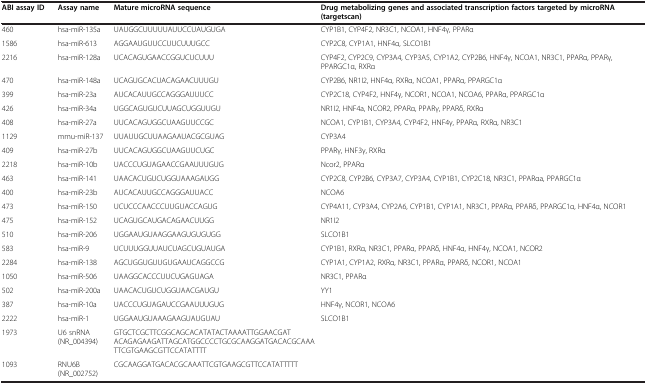
<table><thead><tr><td><b>ABI assay ID</b></td><td><b>Assay name</b></td><td><b>Mature microRNA sequence</b></td><td><b>Drug metabolizing genes and associated transcription factors targeted by microRNA (targetscan)</b></td></tr></thead><tbody><tr><td>460</td><td>hsa-miR-135a</td><td>UAUGGCUUUUUAUUCCUAUGUGA</td><td>CYP1B1, CYP4F2, NR3C1, NCOA1, HNF4γ, PPARα</td></tr><tr><td>1586</td><td>hsa-miR-613</td><td>AGGAAUGUUCCUUCUUUGCC</td><td>CYP2C8, CYP1A1, HNF4α, SLCO1B1</td></tr><tr><td>2216</td><td>hsa-miR-128a</td><td>UCACAGUGAACCGGUCUCUUU</td><td>CYP4F2, CYP2C9, CYP3A4, CYP3A5, CYP1A2, CYP2B6, HNF4γ, NCOA1, NR3C1, PPARα, PPARγ, PPARGC1α, RXRα</td></tr><tr><td>470</td><td>hsa-miR-148a</td><td>UCAGUGCACUACAGAACUUUGU</td><td>CYP2B6, NR1I2, HNF4α, RXRα, NCOA1, PPARα, PPARGC1α</td></tr><tr><td>399</td><td>hsa-miR-23a</td><td>AUCACAUUGCCAGGGAUUUCC</td><td>CYP2C18, CYP4F2, HNF4γ, NCOR1, NCOA1, NCOA6, PPARα, PPARGC1α</td></tr><tr><td>426</td><td>hsa-miR-34a</td><td>UGGCAGUGUCUUAGCUGGUUGU</td><td>NR1I2, HNF4a, NCOR2, PPARα, PPARγ, PPARδ, RXRα</td></tr><tr><td>408</td><td>hsa-miR-27a</td><td>UUCACAGUGGCUAAGUUCCGC</td><td>NCOA1, CYP1B1, CYP3A4, CYP4F2, HNF4γ, PPARα, RXRα, NR3C1</td></tr><tr><td>1129</td><td>mmu-miR-137</td><td>UUAUUGCUUAAGAAUACGCGUAG</td><td>CYP3A4</td></tr><tr><td>409</td><td>hsa-miR-27b</td><td>UUCACAGUGGCUAAGUUCUGC</td><td>PPARγ, HNF3γ, RXRα</td></tr><tr><td>2218</td><td>hsa-miR-10b</td><td>UACCCUGUAGAACCGAAUUUGUG</td><td>Ncor2, PPARα</td></tr><tr><td>463</td><td>hsa-miR-141</td><td>UAACACUGUCUGGUAAAGAUGG</td><td>CYP2C8, CYP2B6, CYP3A7, CYP3A4, CYP1B1, CYP2C18, NR3C1, PPARαa, PPARGC1α</td></tr><tr><td>400</td><td>hsa-miR-23b</td><td>AUCACAUUGCCAGGGAUUACC</td><td>NCOA6</td></tr><tr><td>473</td><td>hsa-miR-150</td><td>UCUCCCAACCCUUGUACCAGUG</td><td>CYP4A11, CYP3A4, CYP2A6, CYP1B1, CYP1A1, NR3C1, PPARα, PPARδ, PPARGC1α, HNF4α, NCOR1</td></tr><tr><td>475</td><td>hsa-miR-152</td><td>UCAGUGCAUGACAGAACUUGG</td><td>NR1I2</td></tr><tr><td>510</td><td>hsa-miR-206</td><td>UGGAAUGUAAGGAAGUGUGUGG</td><td>SLCO1B1</td></tr><tr><td>583</td><td>hsa-miR-9</td><td>UCUUUGGUUAUCUAGCUGUAUGA</td><td>CYP1B1, RXRα, NR3C1, PPARα, PPARδ, HNF4α, HNF4γ, NCOA1, NCOR2</td></tr><tr><td>2284</td><td>hsa-miR-138</td><td>AGCUGGUGUUGUGAAUCAGGCCG</td><td>CYP1A1, CYP1A2, RXRα, NR3C1, PPARα, PPARδ, NCOR1, NCOA1</td></tr><tr><td>1050</td><td>hsa-miR-506</td><td>UAAGGCACCCUUCUGAGUAGA</td><td>NR3C1, PPARα</td></tr><tr><td>502</td><td>hsa-miR-200a</td><td>UAACACUGUCUGGUAACGAUGU</td><td>YY1</td></tr><tr><td>387</td><td>hsa-miR-10a</td><td>UACCCUGUAGAUCCGAAUUUGUG</td><td>HNF4γ, NCOR1, NCOA6</td></tr><tr><td>2222</td><td>hsa-miR-1</td><td>UGGAAUGUAAAGAAGUAUGUAU</td><td>SLCO1B1</td></tr><tr><td>1973</td><td>U6 snRNA (NR_004394)</td><td>GTGCTCGCTTCGGCAGCACATATACTAAAATTGGAACGATACAGAGAAGATTAGCATGGCCCCTGCGCAAGGATGACACGCAAATTCGTGAAGCGTTCCATATTTT</td><td> </td></tr><tr><td>1093</td><td>RNU6B (NR_002752)</td><td>CGCAAGGATGACACGCAAATTCGTGAAGCGTTCCATATTTTT</td><td> </td></tr></tbody></table>